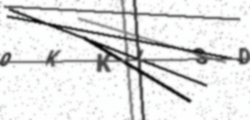
Text: 0KKISD